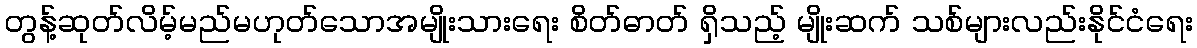
တွန့်ဆုတ်လိမ့်မည်မဟုတ်သောအမျိုးသားရေး စိတ်ဓာတ် ရှိသည့် မျိုးဆက် သစ်များလည်းနိုင်ငံရေး